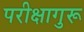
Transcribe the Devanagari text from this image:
परीक्षागुरू